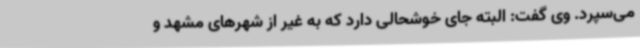
می‌سپرد. وی گفت: البته جای خوشحالی دارد که به غیر از شهرهای مشهد و